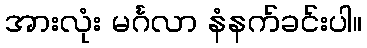
အားလုံး မင်္ဂလာ နံနက်ခင်းပါ။